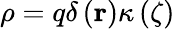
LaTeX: \rho=q\delta\left(\mathbf{r}\right)\kappa\left(\zeta\right)